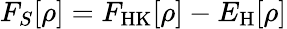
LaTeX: F_{S}[\rho]=F_{\mathrm{HK}}[\rho]-E_{\mathrm{H}}[\rho]